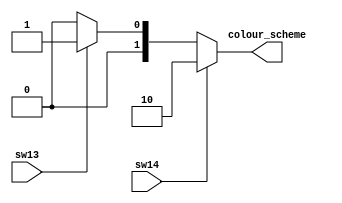
`timescale 1ns / 1ps
//////////////////////////////////////////////////////////////////////////////////
// Company: 
// Engineer: 
// 
// Design Name: 
// Module Name: pink_colour_scheme
// Project Name: 
// Target Devices: 
// Tool Versions: 
// Description: 
// 
// Dependencies: 
// 
// Revision:
// Revision 0.01 - File Created
// Additional Comments:
// 
//////////////////////////////////////////////////////////////////////////////////


module pick_colour_scheme(
    input sw14,
    input sw13,
    output [1:0] colour_scheme
    );
    
    assign colour_scheme = ((sw14)? 2 : ((sw13)? 1 : 0));
    
endmodule